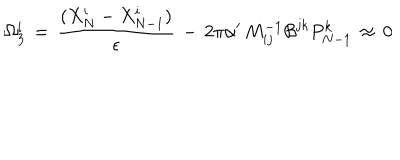
\Omega _ { 3 } ^ { i } \, = \, { \frac { ( X _ { N } ^ { i } - X _ { N - 1 } ^ { i } ) } { \epsilon } } \, - \, 2 \pi \alpha ^ { \prime } \, M _ { i j } ^ { - 1 } { \cal B } ^ { j k } P _ { N - 1 } ^ { k } \, \approx \, 0